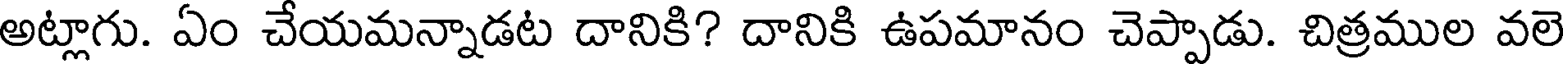
అట్లాగు. ఏం చేయమన్నాడట దానికి? దానికి ఉపమానం చెప్పాడు. చిత్రముల వలె